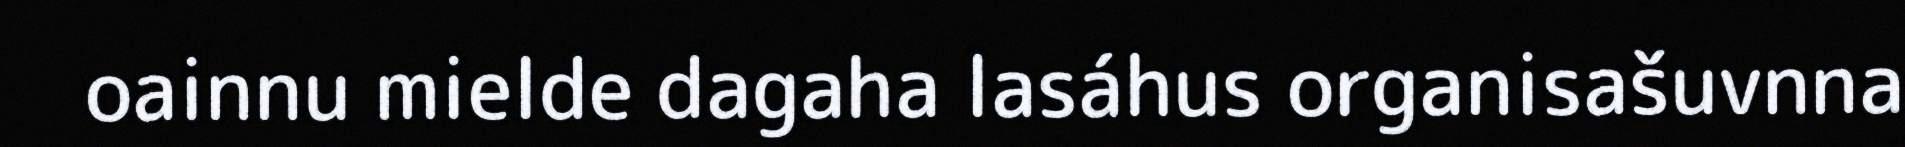
oainnu mielde dagaha lasáhus organisašuvnna